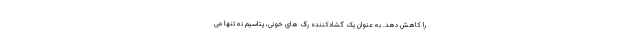
را کاهش دهد. به عنوان یک گشادکننده رگ های خونی، پتاسیم نه تنها می